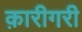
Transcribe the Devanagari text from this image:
क़ारीगरी